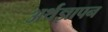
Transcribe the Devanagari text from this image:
अर्थज्ञापन